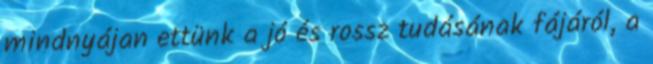
mindnyájan ettünk a jó és rossz tudásának fájáról, a